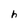
Character: h